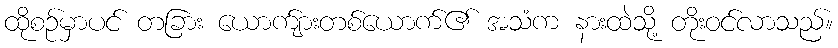
ထိုစဉ်မှာပင် တခြား ယောက်ျားတစ်ယောက်၏ အသံက နားထဲသို့ တိုးဝင်လာသည်။